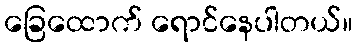
ခြေထောက် ရောင်နေပါတယ်။